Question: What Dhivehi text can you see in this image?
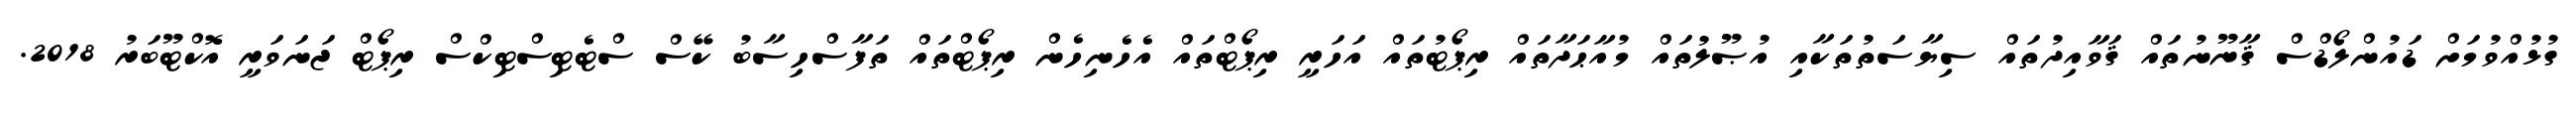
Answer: ގުޅުއްވުމަށް ޑައުންލޯޑްސް ޤާނޫނުތައް ޤަވާއިދުތައް ސިޔާސަތުތަކާއި އުޞޫލުތައް މުއާޙަދާތައް ރިޕޯޓުތައް އަހަރީ ރިޕޯޓްތައް އެހެނިހެން ރިޕޯޓްތައް ތަފާސްހިސާބު ކޭސް ސްޓެޓިސްޓިކްސް ރިޕޯޓް ޖަނަވަރީ އޮކްޓޫބަރު 2018.